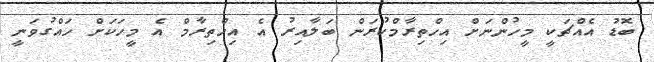
ބޮޑު އެއްޗަކީ މީހުންނަށް އިހްތިރާމްކުރަން ބަލާއިރު އެ އިހްތިރާމް އެ މީހަކަށް ހައްގުވަނީ